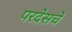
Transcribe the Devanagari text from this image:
परदेसचे